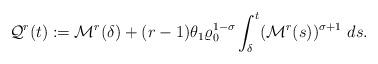
LaTeX: \begin{align*}\mathcal{Q}^{r}(t):=\mathcal{M}^{r}(\delta)+(r-1)\theta_{1}\varrho_{0}^{1-\sigma}\int_{\delta}^{t}(\mathcal{M}^{r}(s))^{\sigma+1}\ ds.\end{align*}